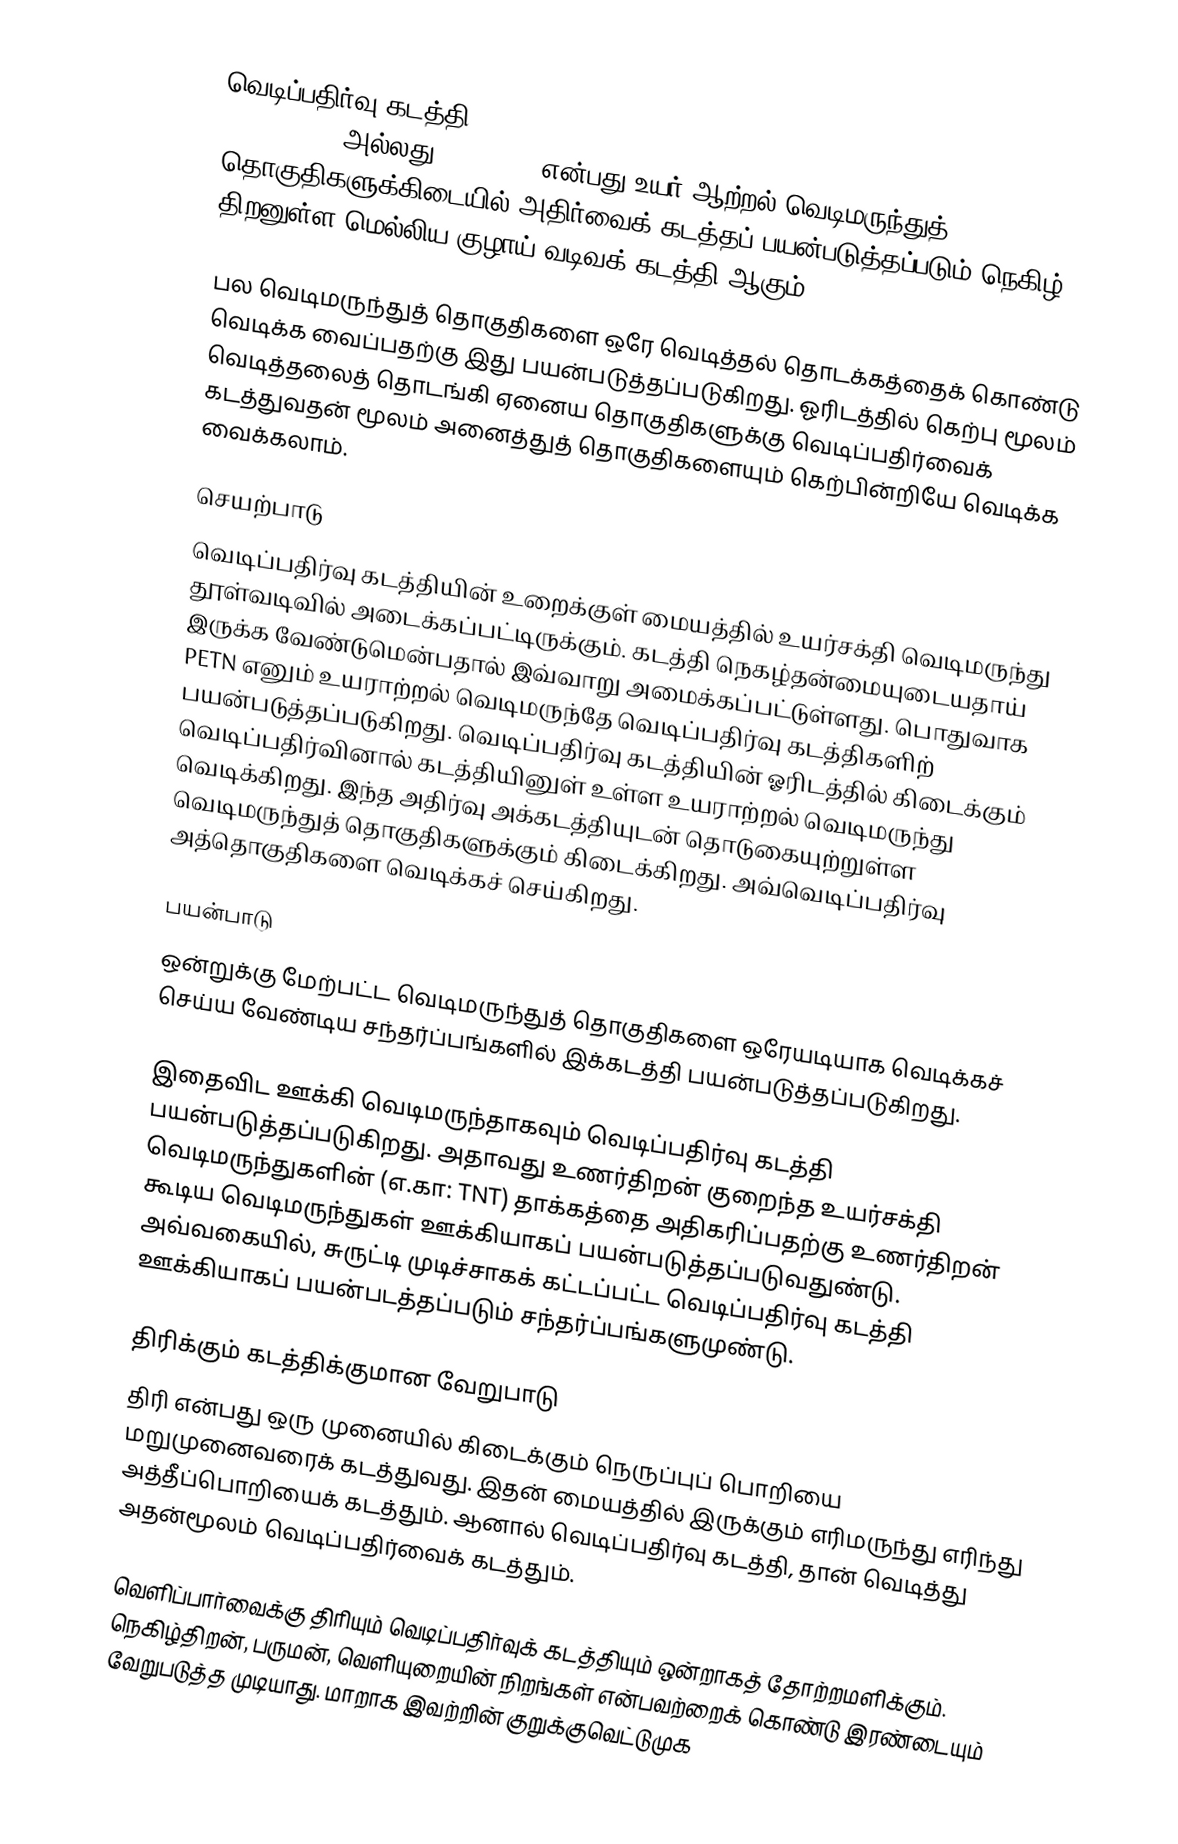
வெடிப்பதிர்வு கடத்தி (Detonating cord, detonation cord, detacord, det. cord, detcord, primer cord அல்லது sun cord) என்பது உயர் ஆற்றல் வெடிமருந்துத் தொகுதிகளுக்கிடையில் அதிர்வைக் கடத்தப் பயன்படுத்தப்படும் நெகிழ் திறனுள்ள மெல்லிய குழாய் வடிவக் கடத்தி ஆகும்.

பல வெடிமருந்துத் தொகுதிகளை ஒரே வெடித்தல் தொடக்கத்தைக் கொண்டு வெடிக்க வைப்பதற்கு இது பயன்படுத்தப்படுகிறது. ஓரிடத்தில் கெற்பு மூலம் வெடித்தலைத் தொடங்கி ஏனைய தொகுதிகளுக்கு வெடிப்பதிர்வைக் கடத்துவதன் மூலம் அனைத்துத் தொகுதிகளையும் கெற்பின்றியே வெடிக்க வைக்கலாம்.

செயற்பாடு
வெடிப்பதிர்வு கடத்தியின் உறைக்குள் மையத்தில் உயர்சக்தி வெடிமருந்து தூள்வடிவில் அடைக்கப்பட்டிருக்கும். கடத்தி நெகழ்தன்மையுடையதாய் இருக்க வேண்டுமென்பதால் இவ்வாறு அமைக்கப்பட்டுள்ளது. பொதுவாக PETN எனும் உயராற்றல் வெடிமருந்தே வெடிப்பதிர்வு கடத்திகளிற் பயன்படுத்தப்படுகிறது. வெடிப்பதிர்வு கடத்தியின் ஓரிடத்தில் கிடைக்கும் வெடிப்பதிர்வினால் கடத்தியினுள் உள்ள உயராற்றல் வெடிமருந்து வெடிக்கிறது. இந்த அதிர்வு அக்கடத்தியுடன் தொடுகையுற்றுள்ள வெடிமருந்துத் தொகுதிகளுக்கும் கிடைக்கிறது. அவ்வெடிப்பதிர்வு அத்தொகுதிகளை வெடிக்கச் செய்கிறது.

பயன்பாடு
ஒன்றுக்கு மேற்பட்ட வெடிமருந்துத் தொகுதிகளை ஒரேயடியாக வெடிக்கச் செய்ய வேண்டிய சந்தர்ப்பங்களில் இக்கடத்தி பயன்படுத்தப்படுகிறது.

இதைவிட ஊக்கி வெடிமருந்தாகவும் வெடிப்பதிர்வு கடத்தி பயன்படுத்தப்படுகிறது. அதாவது உணர்திறன் குறைந்த உயர்சக்தி வெடிமருந்துகளின் (எ.கா: TNT) தாக்கத்தை அதிகரிப்பதற்கு உணர்திறன் கூடிய வெடிமருந்துகள் ஊக்கியாகப் பயன்படுத்தப்படுவதுண்டு. அவ்வகையில், சுருட்டி முடிச்சாகக் கட்டப்பட்ட வெடிப்பதிர்வு கடத்தி ஊக்கியாகப் பயன்படத்தப்படும் சந்தர்ப்பங்களுமுண்டு.

திரிக்கும் கடத்திக்குமான வேறுபாடு
திரி என்பது ஒரு முனையில் கிடைக்கும் நெருப்புப் பொறியை மறுமுனைவரைக் கடத்துவது. இதன் மையத்தில் இருக்கும் எரிமருந்து எரிந்து அத்தீப்பொறியைக் கடத்தும். ஆனால் வெடிப்பதிர்வு கடத்தி, தான் வெடித்து அதன்மூலம் வெடிப்பதிர்வைக் கடத்தும்.

வெளிப்பார்வைக்கு திரியும் வெடிப்பதிர்வுக் கடத்தியும் ஒன்றாகத் தோற்றமளிக்கும். நெகிழ்திறன், பருமன், வெளியுறையின் நிறங்கள் என்பவற்றைக் கொண்டு இரண்டையும் வேறுபடுத்த முடியாது. மாறாக இவற்றின் குறுக்குவெட்டுமுக